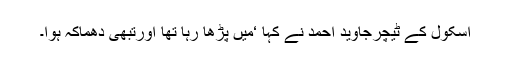
اسکول کے ٹیچرجاوید احمد نے کہا ‘میں پڑھا رہا تھا اورتبھی دھماکہ ہوا۔